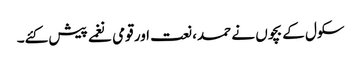
سکول کے بچوں نے حمد، نعت اور قومی نغمے پیش کئے۔